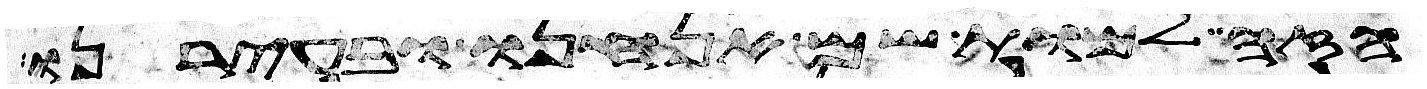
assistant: הזה למות שם אנחנו ובעירנו